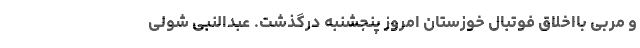
و مربی بااخلاق فوتبال خوزستان امروز پنجشنبه درگذشت. عبدالنبی شولی